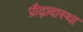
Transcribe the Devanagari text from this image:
प्रौढ़ावास्था